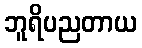
ဘူရိပညတာယ